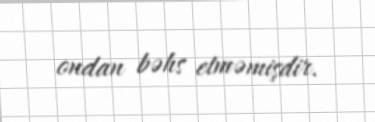
ondan bəhs etməmişdir.